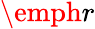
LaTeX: \emph{r}